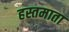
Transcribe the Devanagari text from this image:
हस्तमाता